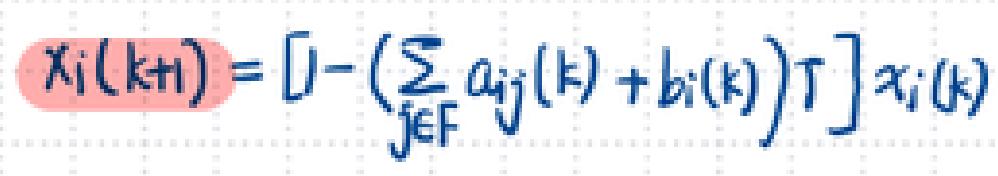
\(\chi_{i}(k+1)=\left[\mathbb{I}-\left(\sum_{j\in F}a_{ij}(k)+b_{i}(k)\right)\Gamma\right]\chi_{i}(k)\)